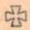
+